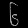
Digit: ၆